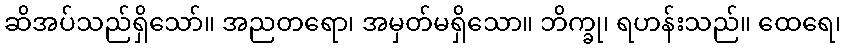
ဆိအပ်သည်ရှိသော်။ အညတရော၊ အမှတ်မရှိသော။ ဘိက္ခု၊ ရဟန်းသည်။ ထေရေ၊